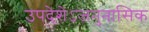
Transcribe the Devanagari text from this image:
उपदेशेऽजनुनासिक